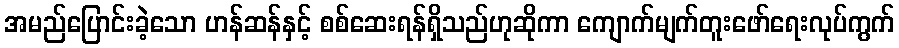
အမည်ပြောင်းခဲ့သော ဟန်ဆန်နှင့် စစ်ဆေးရန်ရှိသည်ဟုဆိုကာ ကျောက်မျက်တူးဖော်ရေးလုပ်ကွက်